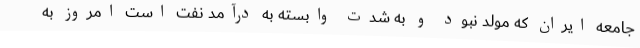
جامعه ایران که مولد نبود و به شدت وابسته به درآمد نفت است امروز به